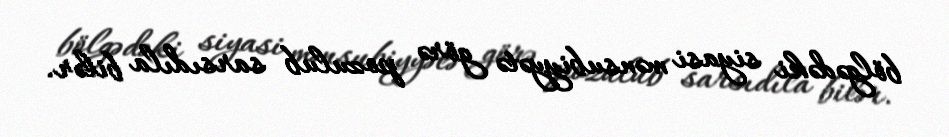
bölgədəki siyasi mənsubiyyətə görə pozulub sarsıdıla bilər.